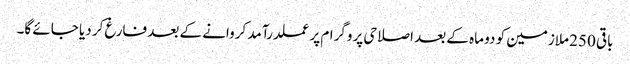
باقی 250 ملازمین کو دو ماہ کے بعد اصلاحی پروگرام پرعملدرآمد کروانے کے بعد فارغ کر دیا جائے گا۔